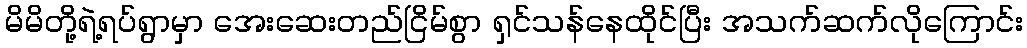
မိမိတို့ရဲ့ရပ်ရွာမှာ အေးဆေးတည်ငြိမ်စွာ ရှင်သန်နေထိုင်ပြီး အသက်ဆက်လိုကြောင်း